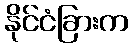
နိုင်ငံခြားက